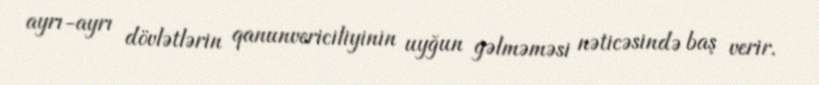
ayrı-ayrı dövlətlərin qanunvericiliyinin uyğun gəlməməsi nəticəsində baş verir.